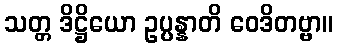
သတ္တ ဒိဋ္ဌိယော ဥပ္ပန္နာတိ ဝေဒိတဗ္ဗာ။